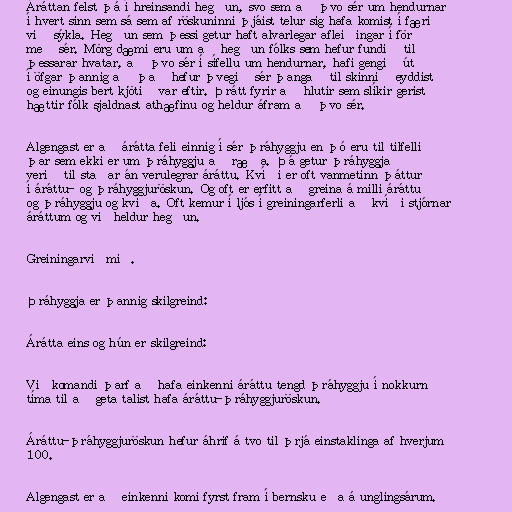
Áráttan felst þá í hreinsandi hegðun, svo sem að þvo sér um hendurnar
í hvert sinn sem sá sem af röskuninni þjáist telur sig hafa komist í færi
við sýkla. Hegðun sem þessi getur haft alvarlegar afleiðingar í för
með sér. Mörg dæmi eru um að hegðun fólks sem hefur fundið til
þessarar hvatar, að þvo sér í sífellu um hendurnar, hafi gengið út
í öfgar þannig að það hefur þvegið sér þangað til skinnið eyddist
og einungis bert kjötið var eftir. Þrátt fyrir að hlutir sem slíkir gerist
hættir fólk sjaldnast athæfinu og heldur áfram að þvo sér.

Algengast er að árátta feli einnig í sér þráhyggju en þó eru til tilfelli
þar sem ekki er um þráhyggju að ræða. Þá getur þráhyggja
verið til staðar án verulegrar áráttu. Kvíði er oft vanmetinn þáttur
í áráttu- og þráhyggjuröskun. Og oft er erfitt að greina á milli áráttu
og þráhyggju og kvíða. Oft kemur í ljós í greiningarferli að kvíði stjórnar
áráttum og viðheldur hegðun.

Greiningarviðmið.

Þráhyggja er þannig skilgreind:

Árátta eins og hún er skilgreind:

Viðkomandi þarf að hafa einkenni áráttu tengd þráhyggju í nokkurn
tíma til að geta talist hafa áráttu-þráhyggjuröskun.

Áráttu-þráhyggjuröskun hefur áhrif á tvo til þrjá einstaklinga af hverjum
100.

Algengast er að einkenni komi fyrst fram í bernsku eða á unglingsárum.